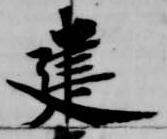
建